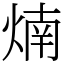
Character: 煵